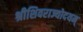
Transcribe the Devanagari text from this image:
श्रीशिवराज्योदयम्